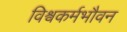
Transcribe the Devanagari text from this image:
विश्वकर्मभौवन